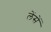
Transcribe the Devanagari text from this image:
लेंसें